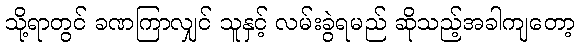
သို့ရာတွင် ခဏကြာလျှင် သူနှင့် လမ်းခွဲရမည် ဆိုသည့်အခါကျတော့